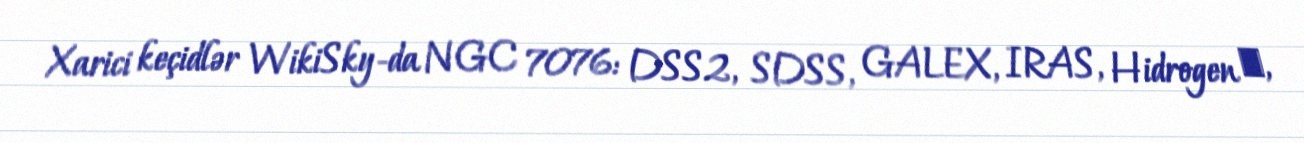
Xarici keçidlər WikiSky-da NGC 7076: DSS2, SDSS, GALEX, IRAS, Hidrogen α,